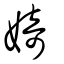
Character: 婍